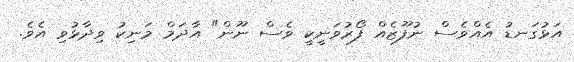
އަޅުގަނޑު އެއްވެސް ނުފޫޒެއް ފޯރުވަނީކީ ވެސް ނޫން" އާދަމް މަނިކު ވިދާޅުވި އެވެ.